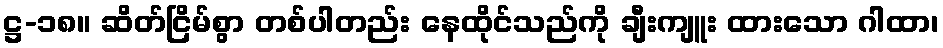
ဋ္ဌ-၁၈။ ဆိတ်ငြိမ်စွာ တစ်ပါတည်း နေထိုင်သည်ကို ချီးကျူး ထားသော ဂါထာ၊